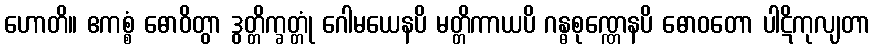
ဟောတိ။ ဧကစ္စံ ဓောဝိတွာ ဒွတ္တိက္ခတ္တုံ ဂေါမယေနပိ မတ္တိကာယပိ ဂန္ဓစုဏ္ဏေနပိ ဓောဝတော ပါဋိကုလျတာ